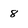
Character: 8